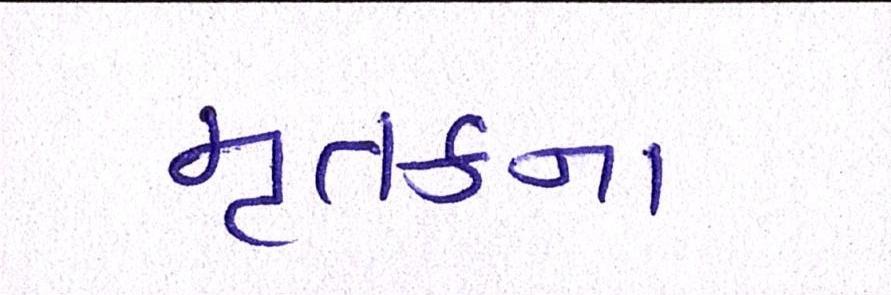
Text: મૃતકના